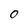
Character: 0